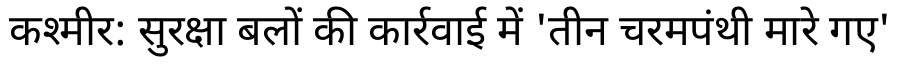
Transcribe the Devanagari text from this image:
कश्मीर: सुरक्षा बलों की कार्रवाई में 'तीन चरमपंथी मारे गए'